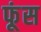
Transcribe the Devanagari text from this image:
फूंस